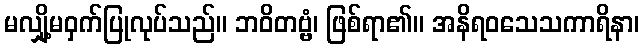
မလျှို့မဝှက်ပြုလုပ်သည်။ ဘဝိတဗ္ဗံ၊ ဖြစ်ရာ၏။ အနိရဝသေသကာရိနာ၊